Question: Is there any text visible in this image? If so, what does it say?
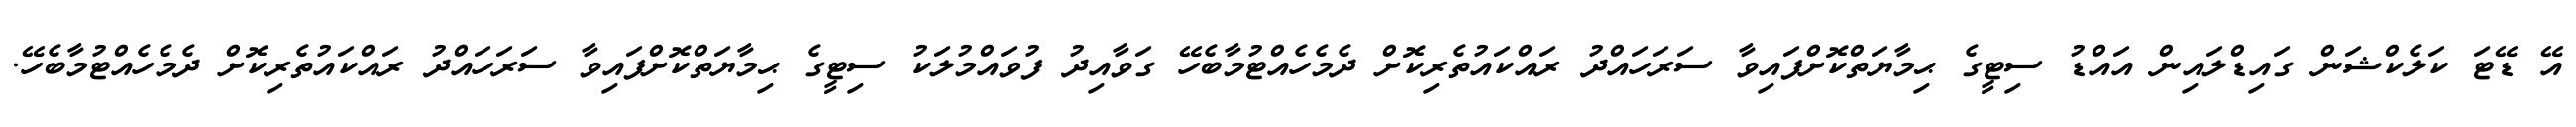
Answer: އޭ ޑޭޓަ ކަލެކްޝަން ގައިޑްލައިން އައްޑު ސިޓީގެ ޙިމާޔަތްކޮށްފައިވާ ސަރަހައްދު ރައްކައުތެރިކޮށް ދެމެހެއްޓުމާބެހޭ ގަވާއިދު ފުވައްމުލަކު ސިޓީގެ ޙިމާޔަތްކޮށްފައިވާ ސަރަހައްދު ރައްކައުތެރިކޮށް ދެމެހެއްޓުމާބެހޭ.